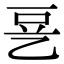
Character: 㐙